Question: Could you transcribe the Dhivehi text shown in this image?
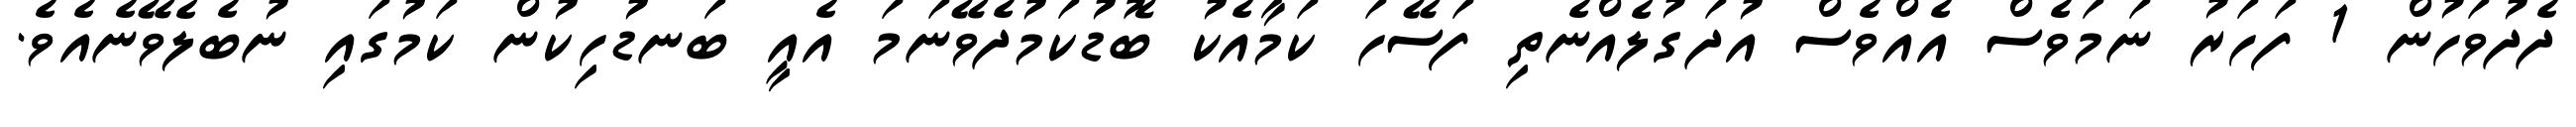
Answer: ދެދުވަހުން 1 ފަހަރު ނަމަވެސް އެއްވެސް އުދަގުލެއްނެތި ފަސޭހަ ކަމާއެކު ބޮޑުކަމުދެވޭނަމަ އެއީ ބަނޑުހިކުން ކަމުގައި ނުބެލެވޭނެއެވެ.